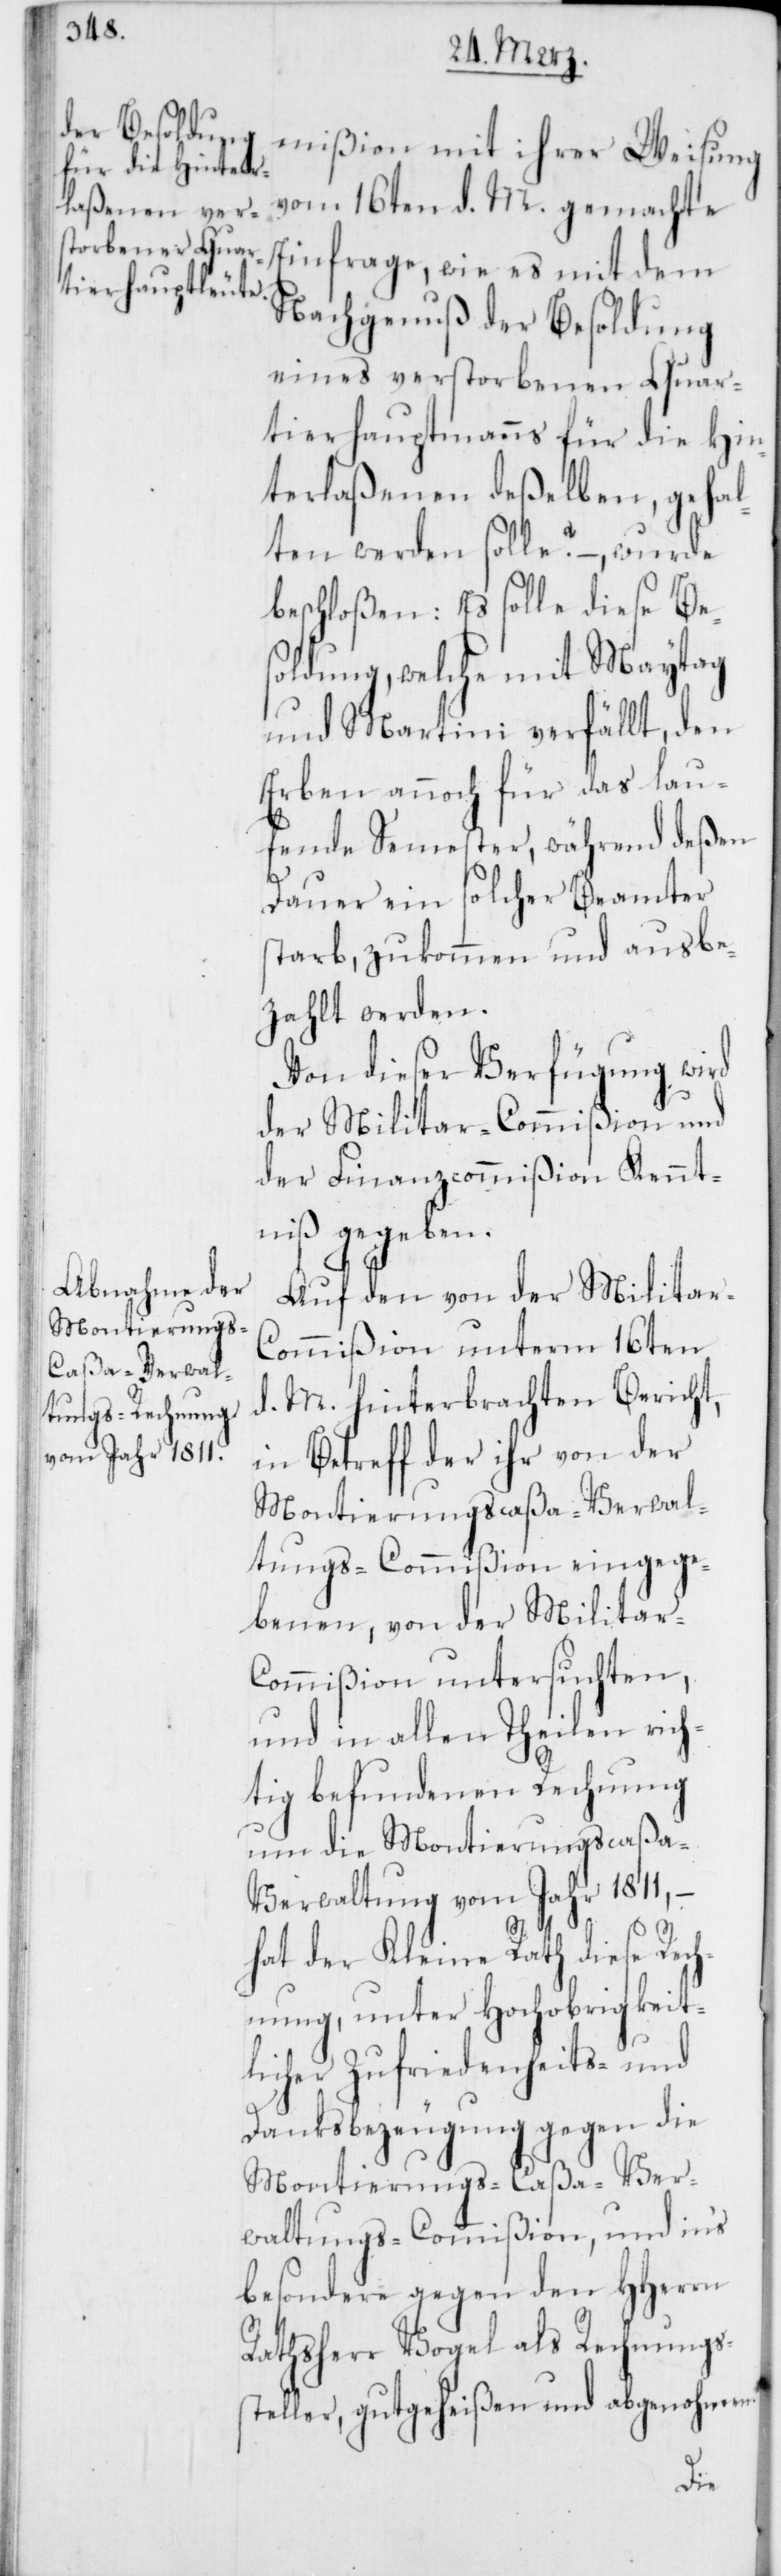
mißion mit ihrer Weisung
vom 16ten d. M. gemachte
Einfrage, wie es mit dem
Nachgenuß der Besoldung
eines verstorbenen Quar¬
tierhauptmanns für die Hin¬
terlaßenen deßelben, gehal¬
ten werden solle? – wurde
beschloßen: Es solle diese Bes¬
oldung, welche mit Maytag
und Martini verfällt, den
Erben annoch für das lau¬
fende Semester, während deßen
Dauer ein solcher Beamter
starb, zukommen und ausbe¬
zahlt werden.
Von dieser Verfügung wird
der Militar-Commißion und
der Finanzcommißion Kennt¬
niß gegeben.
Auf den von der Militar-C¬
ommißion unterm 16ten
d. M. hinterbrachten Bericht,
in Betreff der ihr von der
Montierungscaßa-Verwal¬
tungs-Commißion eingege¬
benen, von der Militar-C¬
ommißion untersuchten,
und in allen Theilen rich¬
tig befundenen Rechnung
um die Montierungscaßa-V¬
erwaltung vom Jahr 1811, –
hat der Kleine Rath diese Rech¬
nung, unter Hochobrigkeit¬
licher Zufriedenheits- und
Danksbezeugung gegen die
Montierungs-Caßa-Ver¬
waltungs-Commißion, und in’s
besondere gegen den HHerrn
Rathsherr Vogel als Rechnungs¬
steller, gutgeheißen und abgenohmen.